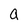
Character: a